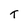
Character: t